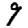
Digit: 9